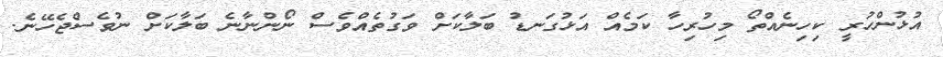
އުޅުންހުރީ ކިހިނެއްތޯ މިހުރިހާ ކަމެއް އަޅުގަނޑު ބަލާކަށް ވަގުތެއްވެސް ނޯންނާނެ ބަލާކަށް ނުވެސްޖެހޭނެ.